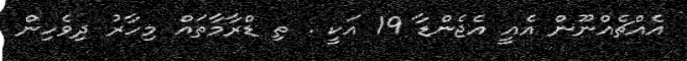
އެއްޗެއްނޫން އެއީ އެޖެންޑާ 19 އަކީ . ތި ޑްރާމާތައް މިހާރު ދިވެހިން